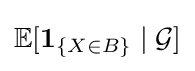
\mathbb {E} [\mathbf {1} _{\{X\in B\}}\mid {\mathcal {G}}]